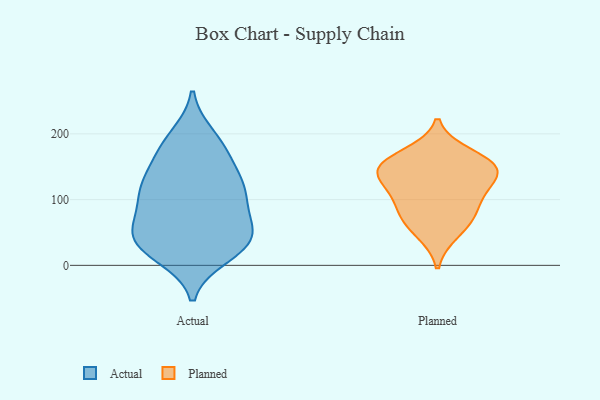
{"axis": {"x": "Shipments", "y": "Value"}, "legend": ["Actual", "Planned"], "data": [{"x": "", "y": 116, "type": "Actual"}, {"x": "", "y": 163, "type": "Actual"}, {"x": "", "y": 74, "type": "Actual"}, {"x": "", "y": 124, "type": "Actual"}, {"x": "", "y": 54, "type": "Actual"}, {"x": "", "y": 51, "type": "Actual"}, {"x": "", "y": 172, "type": "Actual"}, {"x": "", "y": 196, "type": "Actual"}, {"x": "", "y": 121, "type": "Actual"}, {"x": "", "y": 53, "type": "Actual"}, {"x": "", "y": 121, "type": "Actual"}, {"x": "", "y": 15, "type": "Actual"}, {"x": "", "y": 113, "type": "Actual"}, {"x": "", "y": 39, "type": "Actual"}, {"x": "", "y": 30, "type": "Actual"}, {"x": "", "y": 91, "type": "Actual"}, {"x": "", "y": 32, "type": "Actual"}, {"x": "", "y": 186, "type": "Actual"}, {"x": "", "y": 22, "type": "Actual"}, {"x": "", "y": 148, "type": "Planned"}, {"x": "", "y": 145, "type": "Planned"}, {"x": "", "y": 49, "type": "Planned"}, {"x": "", "y": 151, "type": "Planned"}, {"x": "", "y": 77, "type": "Planned"}, {"x": "", "y": 144, "type": "Planned"}, {"x": "", "y": 76, "type": "Planned"}, {"x": "", "y": 108, "type": "Planned"}, {"x": "", "y": 115, "type": "Planned"}, {"x": "", "y": 169, "type": "Planned"}]}